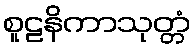
စူဠနိကာသုတ္တံ